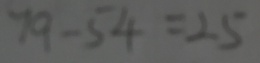
7 9 - 5 4 = 2 5